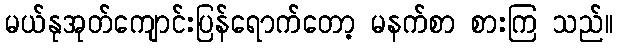
မယ်နုအုတ်ကျောင်းပြန်ရောက်တော့ မနက်စာ စားကြ သည်။